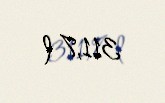
311,7 l